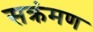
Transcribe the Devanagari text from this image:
सक्रंमण